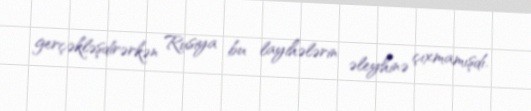
gerçəkləşdirərkən Rusiya bu layihələrin əleyhinə çıxmamışdı.